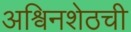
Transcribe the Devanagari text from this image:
अश्विनशेठची